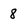
Character: 8